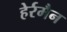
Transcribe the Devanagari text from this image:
हेर्रमैन